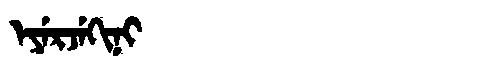
Manchu: ᡝᠶᡝᡵᠵᡝᡴᡳᠨᡳ
Romanization: EYERJEKINI